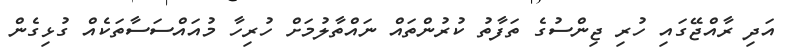
އަދި ރާއްޖޭގައި ހުރި ޖިންސުގެ ތަފާތު ކުރުންތައް ނައްތާލުމަށް ހުރިހާ މުއައްސަސާތަކެއް ގުޅިގެން